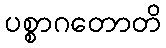
ပစ္စာဂတောတိ